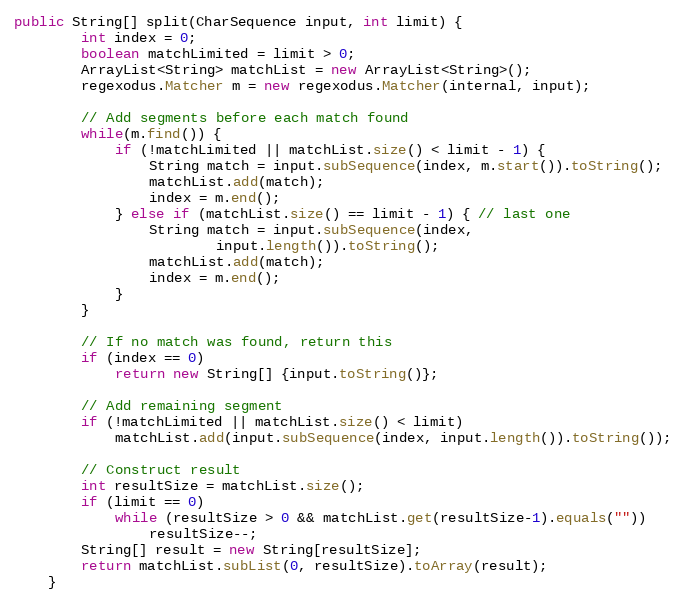
Language: Java
public String[] split(CharSequence input, int limit) {
        int index = 0;
        boolean matchLimited = limit > 0;
        ArrayList<String> matchList = new ArrayList<String>();
        regexodus.Matcher m = new regexodus.Matcher(internal, input);

        // Add segments before each match found
        while(m.find()) {
            if (!matchLimited || matchList.size() < limit - 1) {
                String match = input.subSequence(index, m.start()).toString();
                matchList.add(match);
                index = m.end();
            } else if (matchList.size() == limit - 1) { // last one
                String match = input.subSequence(index,
                        input.length()).toString();
                matchList.add(match);
                index = m.end();
            }
        }

        // If no match was found, return this
        if (index == 0)
            return new String[] {input.toString()};

        // Add remaining segment
        if (!matchLimited || matchList.size() < limit)
            matchList.add(input.subSequence(index, input.length()).toString());

        // Construct result
        int resultSize = matchList.size();
        if (limit == 0)
            while (resultSize > 0 && matchList.get(resultSize-1).equals(""))
                resultSize--;
        String[] result = new String[resultSize];
        return matchList.subList(0, resultSize).toArray(result);
    }